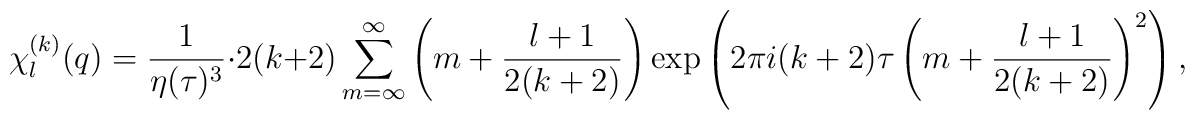
\chi^{(k)}_l(q) = {1 \over {\eta(\tau)^3}} \cdot 2(k+2) \sum_{m=\infty}^\infty \left( m + {{l+1} \over {2(k+2)}} \right) \exp \left(       2 \pi i (k+2) \tau         \left( m + {{l+1} \over {2(k+2)}} \right)^2      \right),